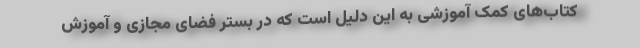
کتاب‌های کمک آموزشی به این دلیل است که در بستر فضای مجازی و آموزش